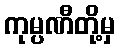
ကုမ္ပဏီတို့မှ